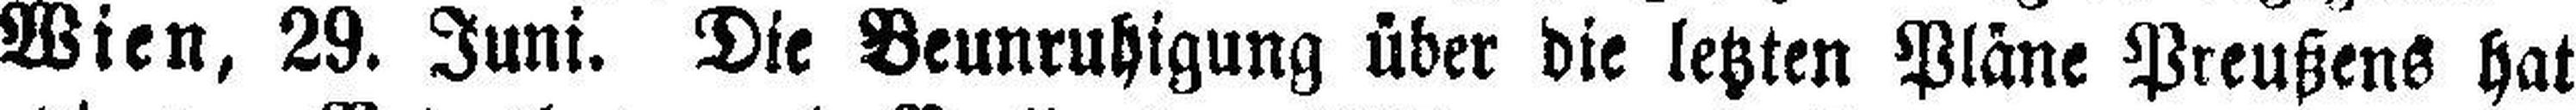
Wien, 29. Juni. Die Beunruhigung über die letzten Pläne Preußens hat